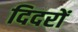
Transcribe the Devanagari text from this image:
दिदरों